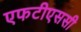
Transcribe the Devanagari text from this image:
एफटीएससी